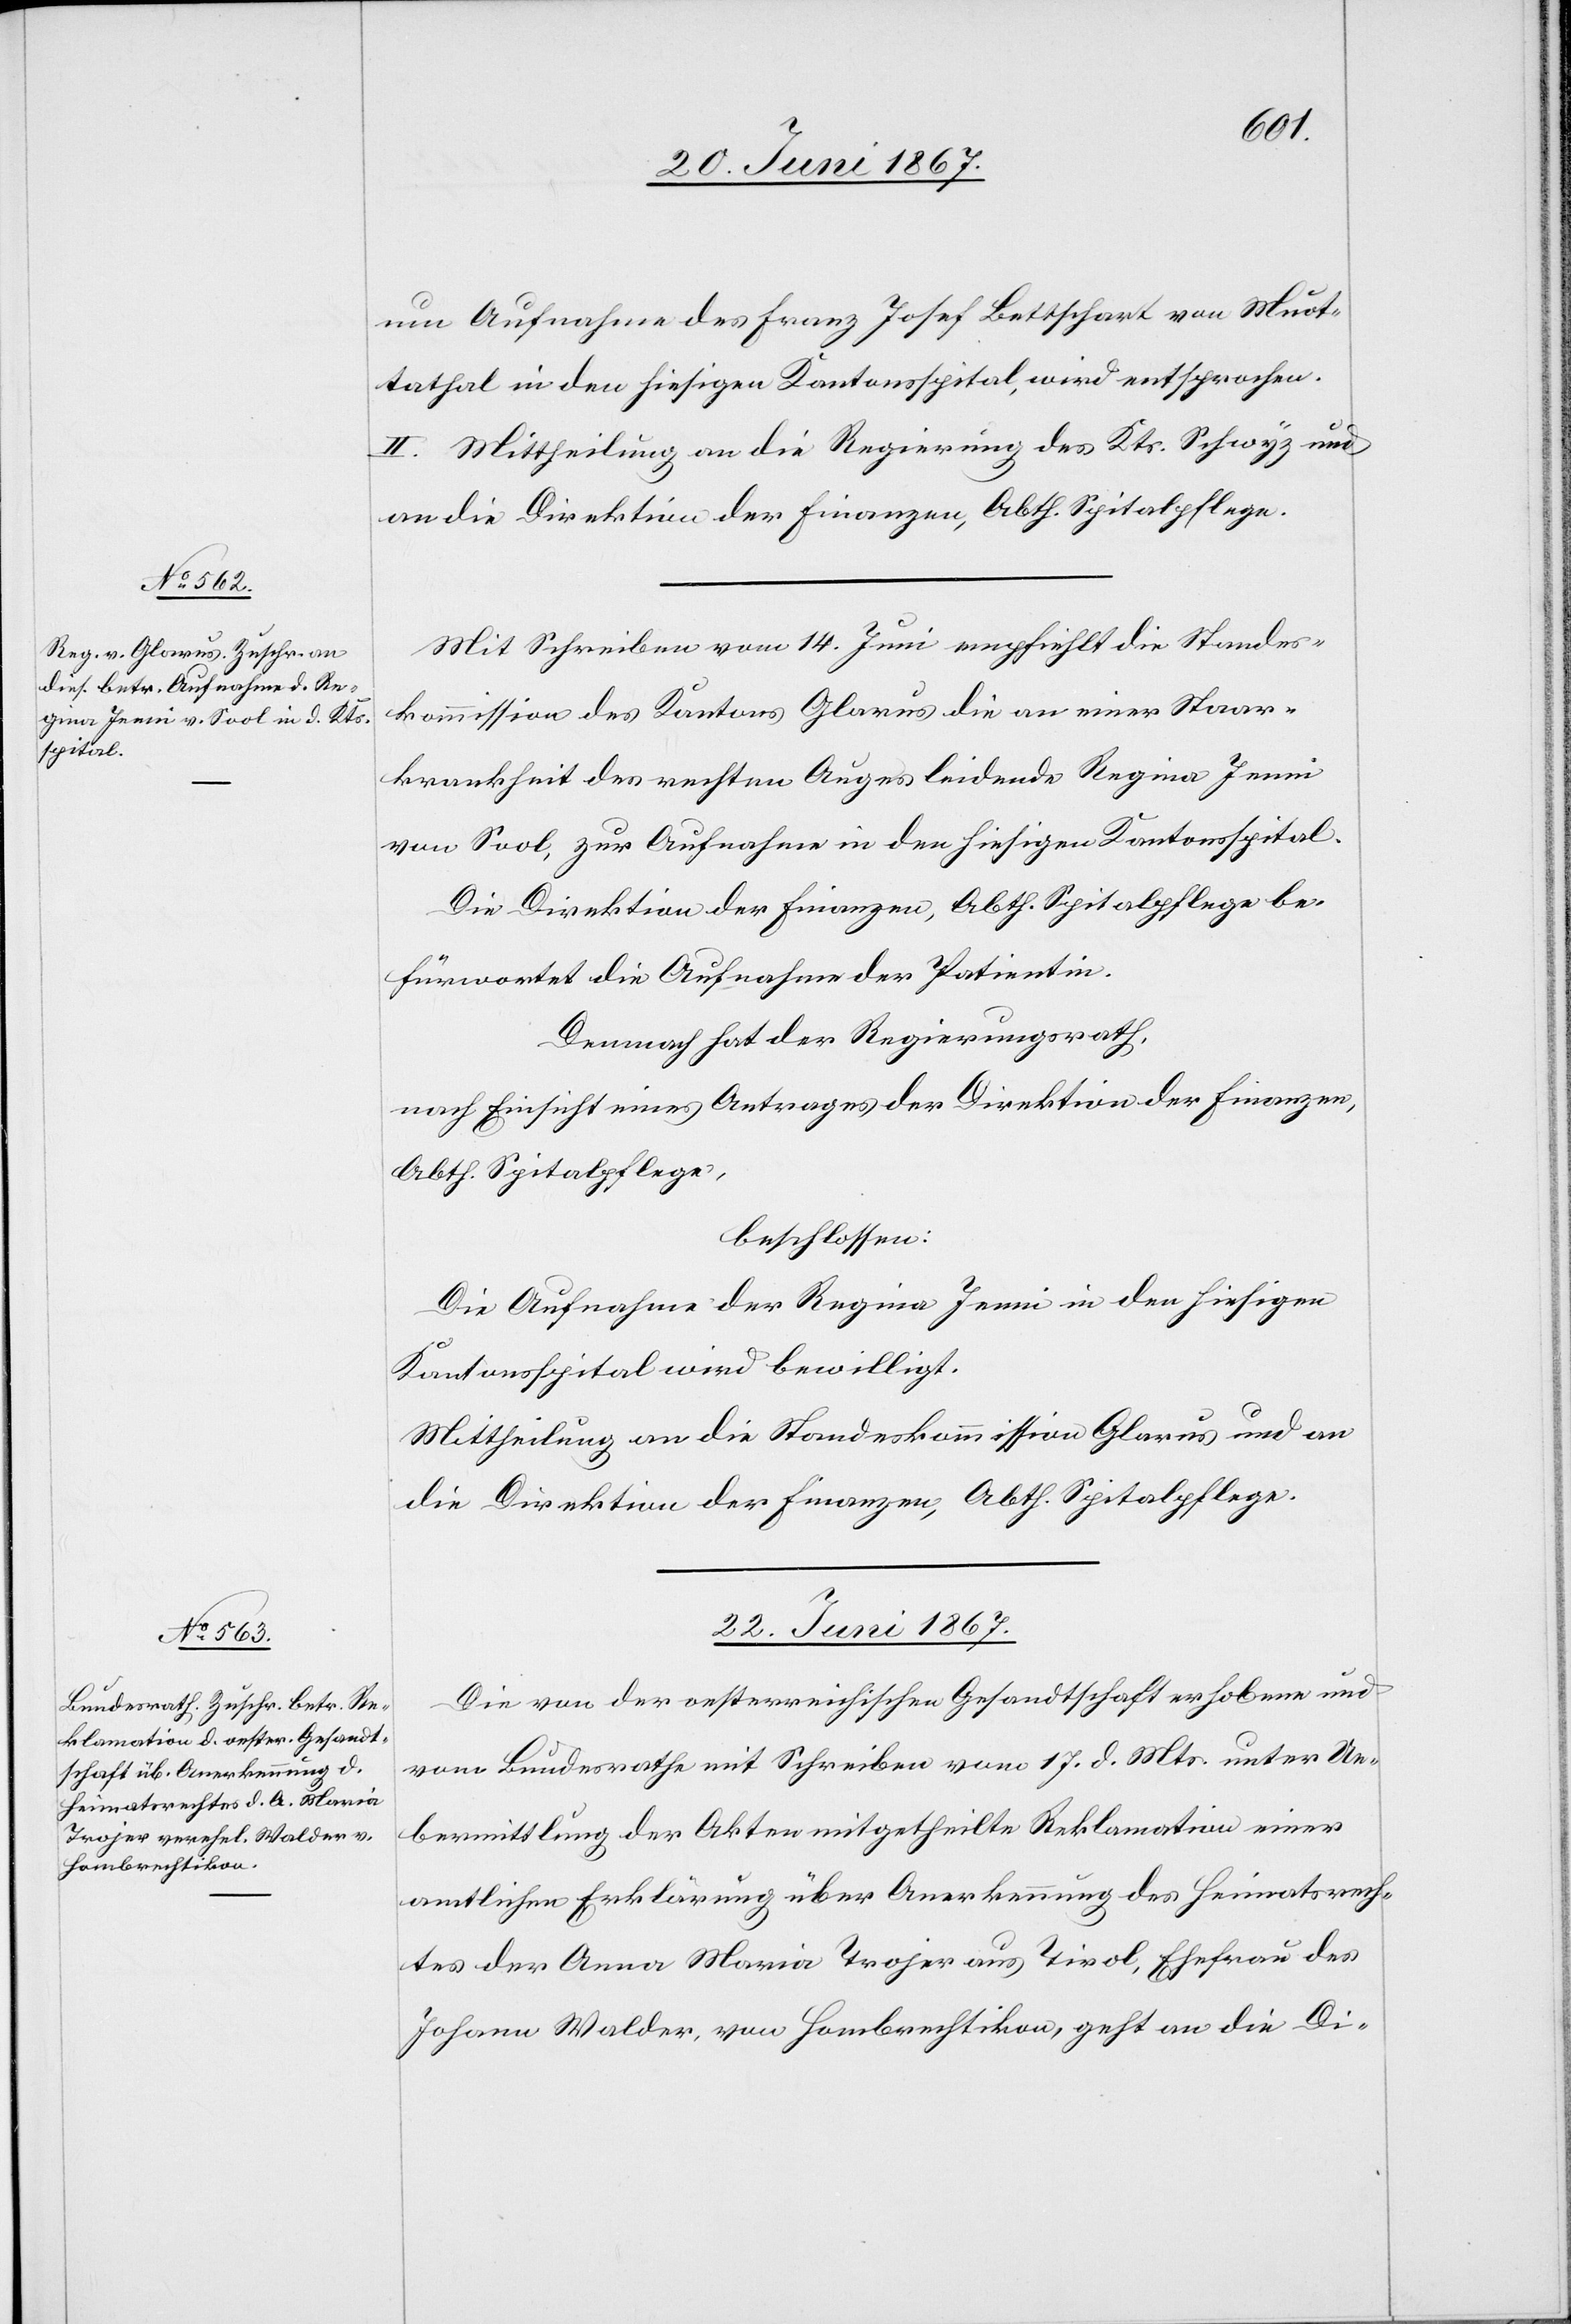
21. Juni 1867.]
um Aufnahme des Franz Josef Bettschart von Muot¬
tathal in den hiesigen Kantonsspital wird entsprochen.
II. Mittheilung an die Regierung des Kts. Schwyz und
an die Direktion der Finanzen, Abth. Spitalpflege.
Mit Schreiben vom 14. Juni empfiehlt die Standes¬
kommission des Kantons Glarus die an einer Staar¬
krankheit des rechten Auges leidende Regina Jenni
von Sool, zur Aufnahme in den hiesigen Kantonsspital.
Die Direktion der Finanzen, Abth. Spitalpflege be¬
fürwortet die Aufnahme der Patientin.
Demnach hat der Regierungsrath,
nach Einsicht eines Antrages der Direktion der Finanzen,
Abth. Spitalpflege,
beschlossen:
Die Aufnahme der Regina Jenni in den hiesigen
Kantonsspital wird bewilligt.
Mittheilung an die Standeskommission Glarus und an
die Direktion der Finanzen, Abth. Spitalpflege.
21. Juni 1867.
Die von der oesterreichischen Gesandtschaft erhobene und
vom Bundesrathe mit Schreiben vom 17. d. Mts. unter Ue¬
bermittlung der Akten mitgetheilte Reklamation einer
amtlichen Erklärung über Anerkennung des Heimatsrech¬
tes der Anna Maria Trojer aus Tirol, Ehefrau des
Johann Walder, von Hombrechtikon, geht an die Di-